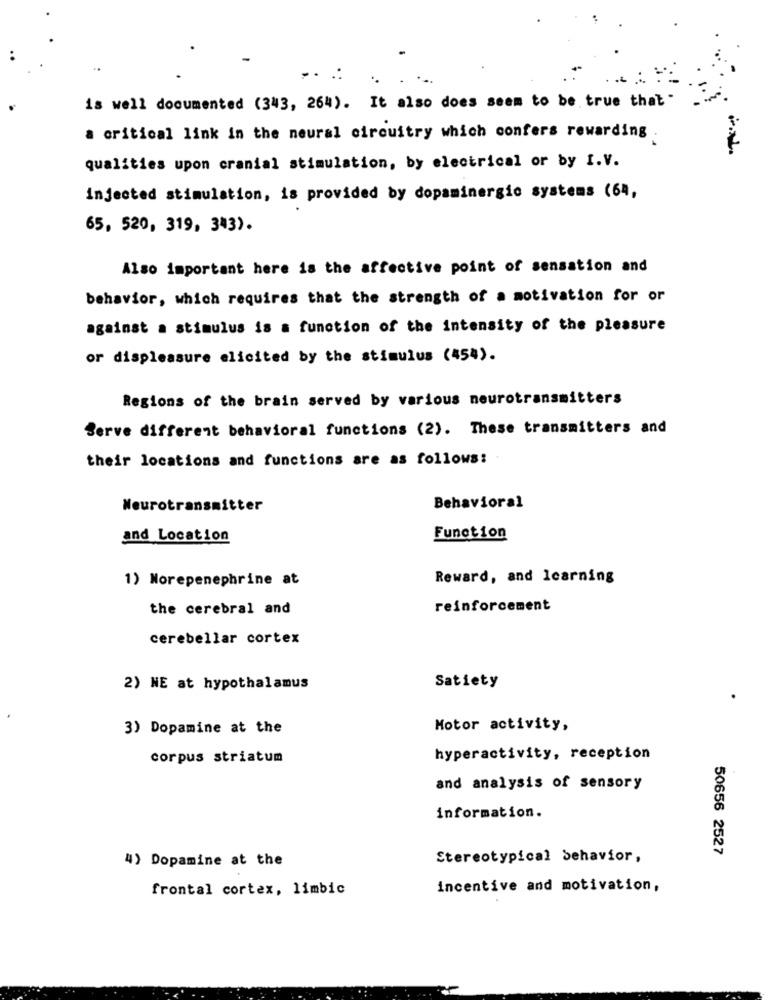
is well documented (343, 264). It also does seem to be true that "
a critical link in the neural circuitry which confers rewarding .
qualities upon cranial stimulation, by electrical or by I.V.
injected stimulation, is provided by dopaminergic systems (64,
65, 520, 319, 343).
Also important here is the affective point of sensation and
behavior, which requires that the strength of a motivation for or
against a stimulus is a function of the intensity of the pleasure
or displeasure elicited by the stimulus (454).
Regions of the brain served by various neurotransmitters
Serve different behavioral functions (2). These transmitters and
their locations and functions are as follows:
Neurotransmitter
Behavioral
and Location
Function
1) Morepenephrine at
Reward, and learning
the cerebral and
reinforcement
cerebellar cortex
2) NE at hypothalamus
Satiety
3) Dopamine at the
Motor activity,
corpus striatum
hyperactivity, reception
and analysis of sensory
information.
50656 2527
4) Dopamine at the
Stereotypical Sehavior,
frontal cortex, limbic
incentive and motivation,